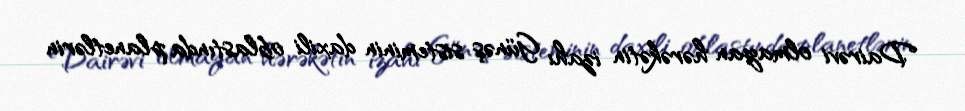
Dairəvi olmayan hərəkətin izahı Günəş sisteminin daxili oblastında planetlərin